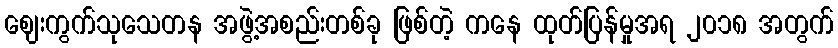
ဈေးကွက်သုသေတန အဖွဲ့အစည်းတစ်ခု ဖြစ်တဲ့ ကနေ ထုတ်ပြန်မှုအရ ၂၀၁၈ အတွက်